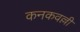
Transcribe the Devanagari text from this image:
कनकवल्ली